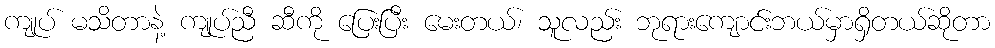
ကျုပ် မသိတာနဲ့ ကျုပ်ညီ ဆီကို ပြေးပြီး မေးတယ်၊ သူလည်း ဘုရားကျောင်းဘယ်မှာရှိတယ်ဆိုတာ